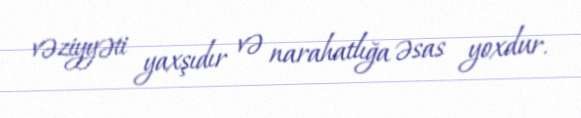
vəziyyəti yaxşıdır və narahatlığa əsas yoxdur.